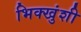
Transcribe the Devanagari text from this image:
भिक्खुंशी